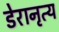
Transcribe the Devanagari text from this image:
डेरानृत्य